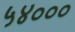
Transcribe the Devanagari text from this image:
५४०००